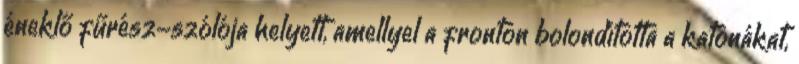
éneklő fűrész-szólója helyett, amellyel a fronton bolondította a katonákat,